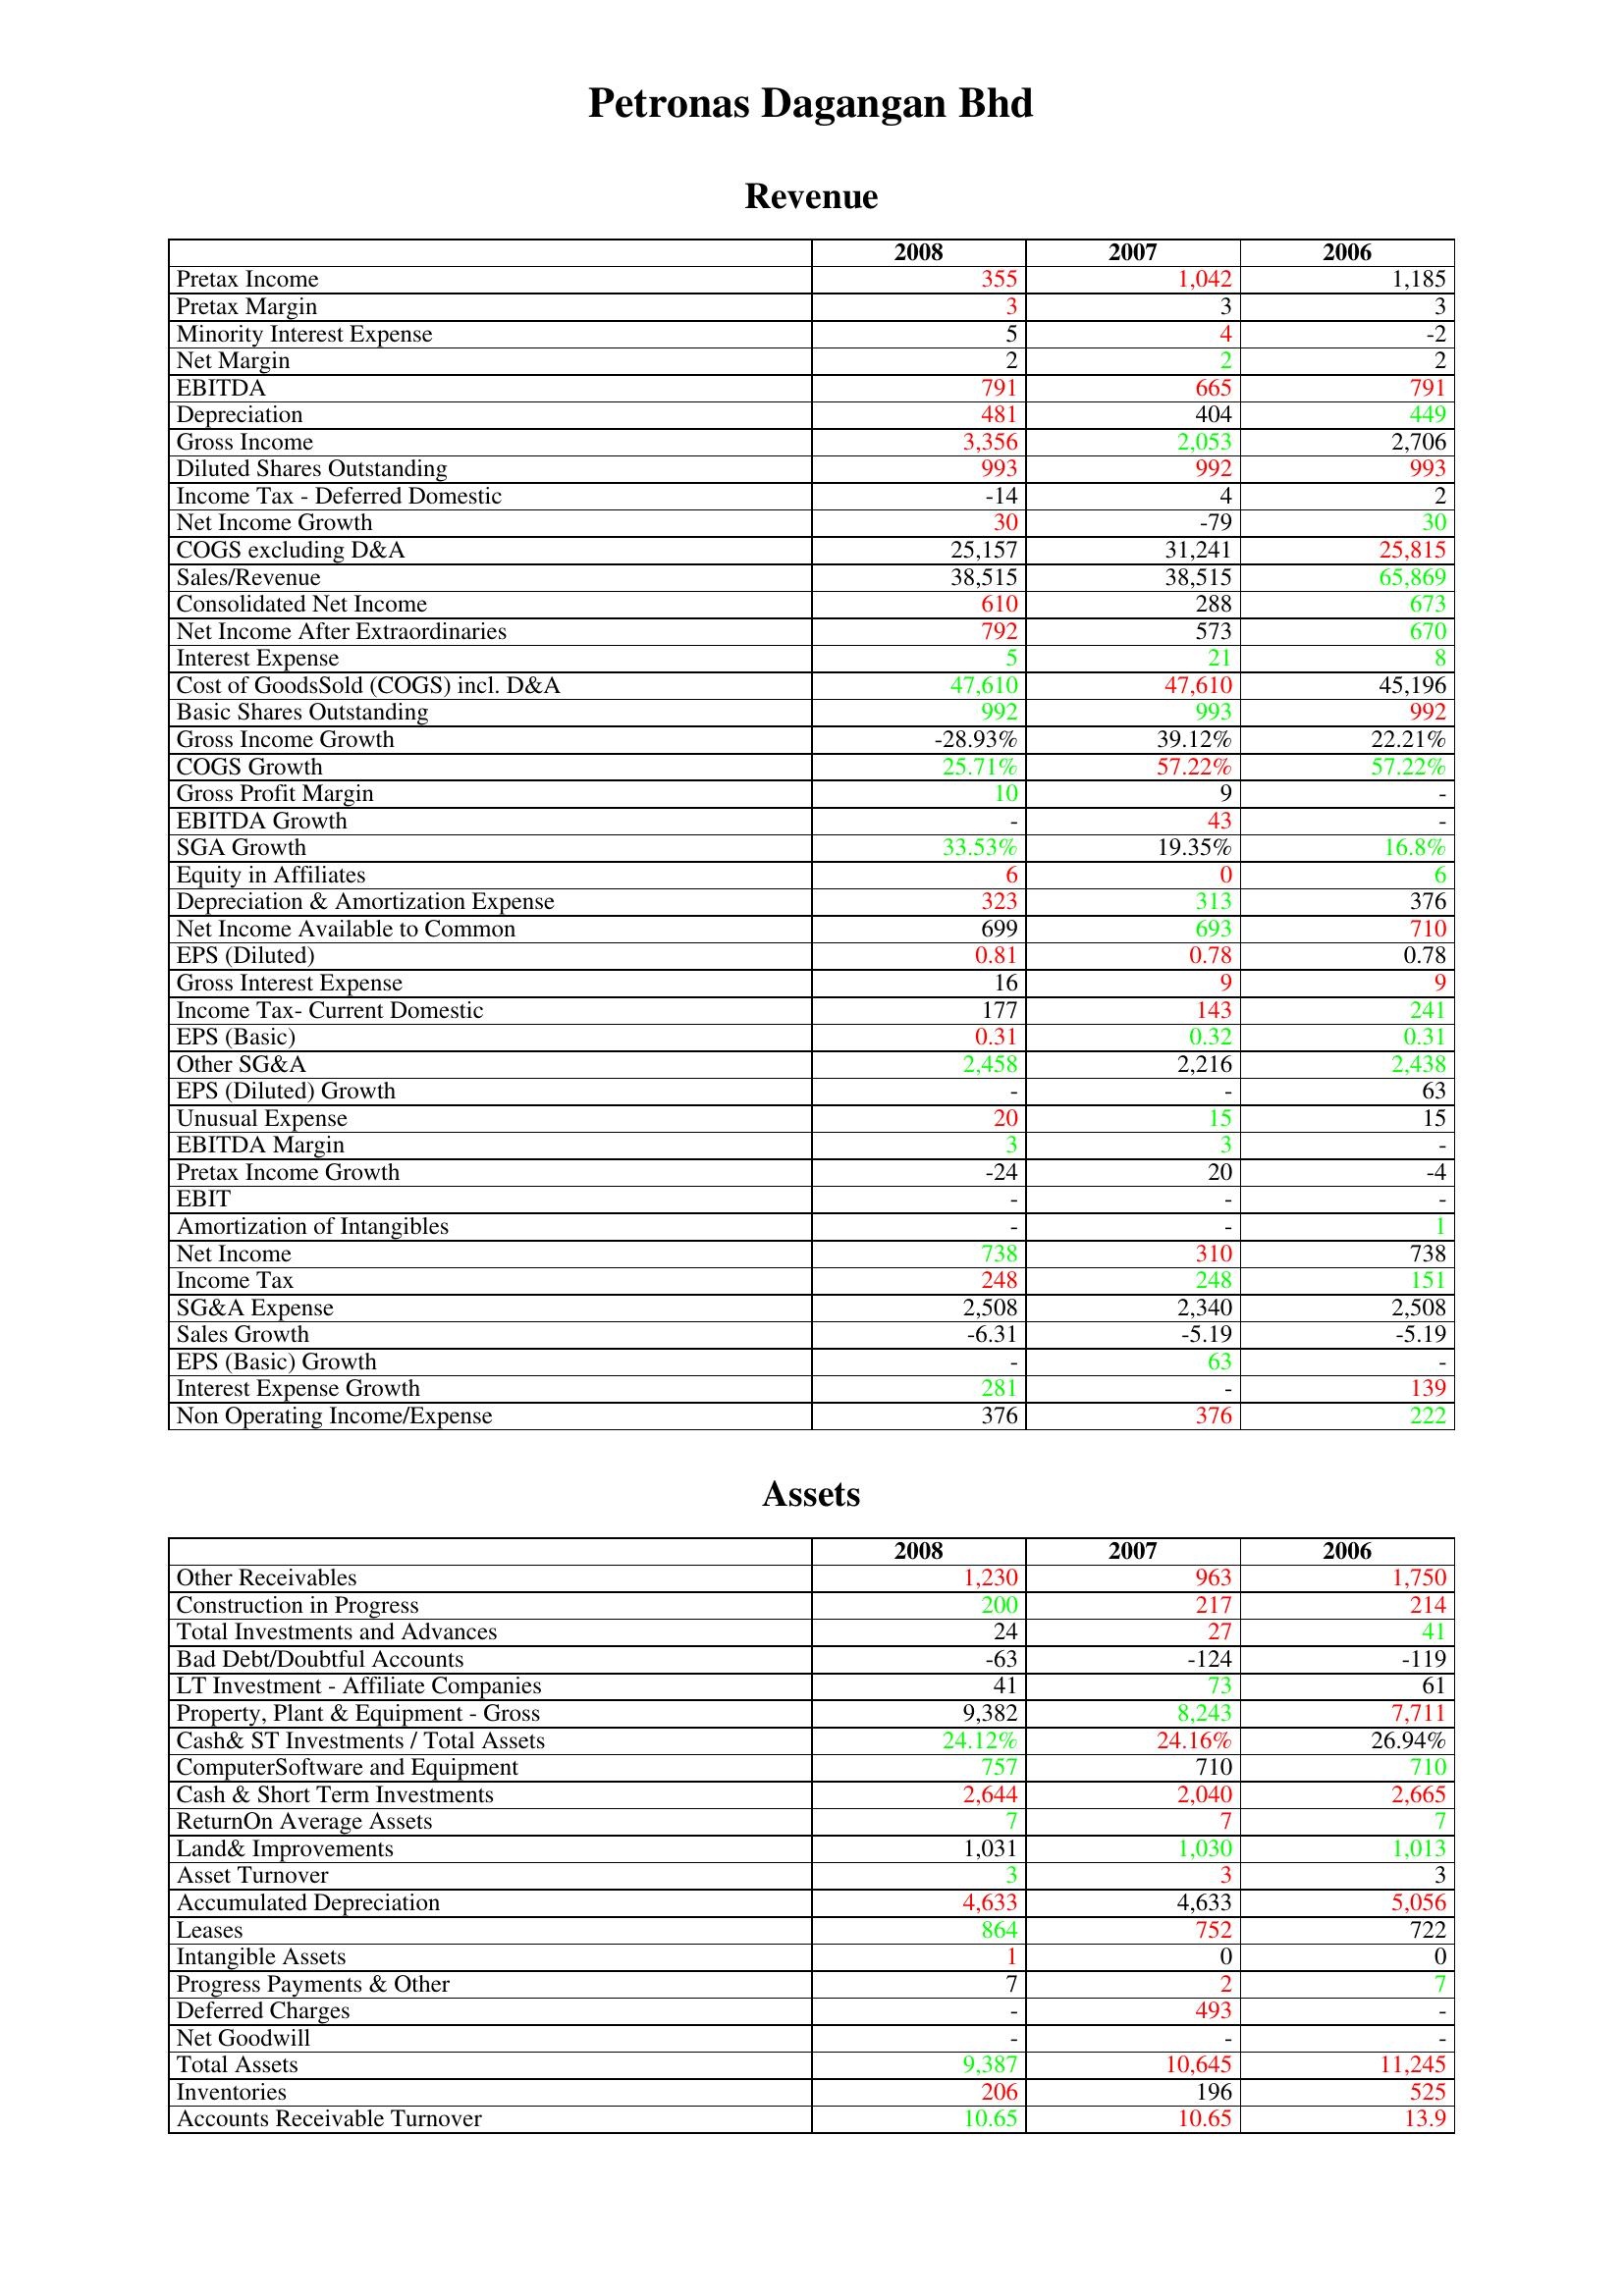
gt_parse: 2008: Revenue: Pretax Income: 355
Pretax Margin: 3
Minority Interest Expense: 5
Net Margin: 2
EBITDA: 791
Depreciation: 481
Gross Income: 3,356
Diluted Shares Outstanding: 993
Income Tax - Deferred Domestic: -14
Net Income Growth: 30
COGS excluding D&A: 25,157
Sales/Revenue: 38,515
Consolidated Net Income: 610
Net Income After Extraordinaries: 792
Interest Expense: 5
Cost of GoodsSold (COGS) incl. D&A: 47,610
Basic Shares Outstanding: 992
Gross Income Growth: -28.93%
COGS Growth: 25.71%
Gross Profit Margin: 10
EBITDA Growth: -
SGA Growth: 33.53%
Equity in Affiliates: 6
Depreciation & Amortization Expense: 323
Net Income Available to Common: 699
EPS (Diluted): 0.81
Gross Interest Expense: 16
Income Tax- Current Domestic: 177
EPS (Basic): 0.31
Other SG&A: 2,458
EPS (Diluted) Growth: -
Unusual Expense: 20
EBITDA Margin: 3
Pretax Income Growth: -24
EBIT: -
Amortization of Intangibles: -
Net Income: 738
Income Tax: 248
SG&A Expense: 2,508
Sales Growth: -6.31
EPS (Basic) Growth: -
Interest Expense Growth: 281
Non Operating Income/Expense: 376
Assets: Other Receivables: 1,230
Construction in Progress: 200
Total Investments and Advances: 24
Bad Debt/Doubtful Accounts: -63
LT Investment - Affiliate Companies: 41
Property, Plant & Equipment - Gross : 9,382
Cash& ST Investments / Total Assets: 24.12%
ComputerSoftware and Equipment: 757
Cash & Short Term Investments: 2,644
ReturnOn Average Assets: 7
Land& Improvements: 1,031
Asset Turnover: 3
Accumulated Depreciation: 4,633
Leases: 864
Intangible Assets: 1
Progress Payments & Other: 7
Deferred Charges: -
Net Goodwill: -
Total Assets: 9,387
Inventories: 206
Accounts Receivable Turnover: 10.65
2007: Revenue: Pretax Income: 1,042
Pretax Margin: 3
Minority Interest Expense: 4
Net Margin: 2
EBITDA: 665
Depreciation: 404
Gross Income: 2,053
Diluted Shares Outstanding: 992
Income Tax - Deferred Domestic: 4
Net Income Growth: -79
COGS excluding D&A: 31,241
Sales/Revenue: 38,515
Consolidated Net Income: 288
Net Income After Extraordinaries: 573
Interest Expense: 21
Cost of GoodsSold (COGS) incl. D&A: 47,610
Basic Shares Outstanding: 993
Gross Income Growth: 39.12%
COGS Growth: 57.22%
Gross Profit Margin: 9
EBITDA Growth: 43
SGA Growth: 19.35%
Equity in Affiliates: 0
Depreciation & Amortization Expense: 313
Net Income Available to Common: 693
EPS (Diluted): 0.78
Gross Interest Expense: 9
Income Tax- Current Domestic: 143
EPS (Basic): 0.32
Other SG&A: 2,216
EPS (Diluted) Growth: -
Unusual Expense: 15
EBITDA Margin: 3
Pretax Income Growth: 20
EBIT: -
Amortization of Intangibles: -
Net Income: 310
Income Tax: 248
SG&A Expense: 2,340
Sales Growth: -5.19
EPS (Basic) Growth: 63
Interest Expense Growth: -
Non Operating Income/Expense: 376
Assets: Other Receivables: 963
Construction in Progress: 217
Total Investments and Advances: 27
Bad Debt/Doubtful Accounts: -124
LT Investment - Affiliate Companies: 73
Property, Plant & Equipment - Gross : 8,243
Cash& ST Investments / Total Assets: 24.16%
ComputerSoftware and Equipment: 710
Cash & Short Term Investments: 2,040
ReturnOn Average Assets: 7
Land& Improvements: 1,030
Asset Turnover: 3
Accumulated Depreciation: 4,633
Leases: 752
Intangible Assets: 0
Progress Payments & Other: 2
Deferred Charges: 493
Net Goodwill: -
Total Assets: 10,645
Inventories: 196
Accounts Receivable Turnover: 10.65
2006: Revenue: Pretax Income: 1,185
Pretax Margin: 3
Minority Interest Expense: -2
Net Margin: 2
EBITDA: 791
Depreciation: 449
Gross Income: 2,706
Diluted Shares Outstanding: 993
Income Tax - Deferred Domestic: 2
Net Income Growth: 30
COGS excluding D&A: 25,815
Sales/Revenue: 65,869
Consolidated Net Income: 673
Net Income After Extraordinaries: 670
Interest Expense: 8
Cost of GoodsSold (COGS) incl. D&A: 45,196
Basic Shares Outstanding: 992
Gross Income Growth: 22.21%
COGS Growth: 57.22%
Gross Profit Margin: -
EBITDA Growth: -
SGA Growth: 16.8%
Equity in Affiliates: 6
Depreciation & Amortization Expense: 376
Net Income Available to Common: 710
EPS (Diluted): 0.78
Gross Interest Expense: 9
Income Tax- Current Domestic: 241
EPS (Basic): 0.31
Other SG&A: 2,438
EPS (Diluted) Growth: 63
Unusual Expense: 15
EBITDA Margin: -
Pretax Income Growth: -4
EBIT: -
Amortization of Intangibles: 1
Net Income: 738
Income Tax: 151
SG&A Expense: 2,508
Sales Growth: -5.19
EPS (Basic) Growth: -
Interest Expense Growth: 139
Non Operating Income/Expense: 222
Assets: Other Receivables: 1,750
Construction in Progress: 214
Total Investments and Advances: 41
Bad Debt/Doubtful Accounts: -119
LT Investment - Affiliate Companies: 61
Property, Plant & Equipment - Gross : 7,711
Cash& ST Investments / Total Assets: 26.94%
ComputerSoftware and Equipment: 710
Cash & Short Term Investments: 2,665
ReturnOn Average Assets: 7
Land& Improvements: 1,013
Asset Turnover: 3
Accumulated Depreciation: 5,056
Leases: 722
Intangible Assets: 0
Progress Payments & Other: 7
Deferred Charges: -
Net Goodwill: -
Total Assets: 11,245
Inventories: 525
Accounts Receivable Turnover: 13.9